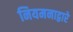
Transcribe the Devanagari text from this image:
नियमनाद्वारे